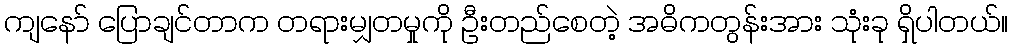
ကျနော် ပြောချင်တာက တရားမျှတမှုကို ဦးတည်စေတဲ့ အဓိကတွန်းအား သုံးခု ရှိပါတယ်။